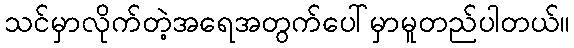
သင်မှာလိုက်တဲ့အရေအတွက်ပေါ်မှာမူတည်ပါတယ်။